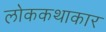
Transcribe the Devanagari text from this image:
लोककथाकार